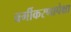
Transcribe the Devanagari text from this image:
वर्गीकरणापेक्षा